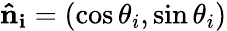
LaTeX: \mathbf{\hat{n}_{i}}=(\cos\theta_{i},\sin\theta_{i})